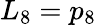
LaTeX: L_{8}=p_{8}